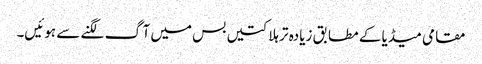
مقامی میڈیا کے مطابق زیادہ تر ہلاکتیں بس میں آگ لگنے سے ہوئیں۔